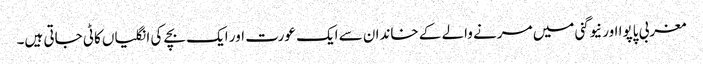
مغربی پاپوا اور نیوگنی میں مرنے والے کے خاندان سے ایک عورت اور ایک بچے کی انگلیاں کاٹی جاتی ہیں۔